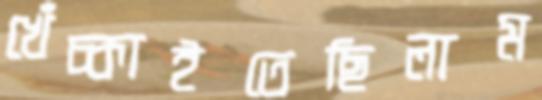
খেঁচ্‌কাইতেছিলাম